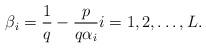
LaTeX: \begin{align*}\beta_i = \frac{1}{q} - \frac{p}{q \alpha_i} i = 1, 2, \ldots, L.\end{align*}